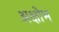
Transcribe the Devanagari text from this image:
अक्षोभ